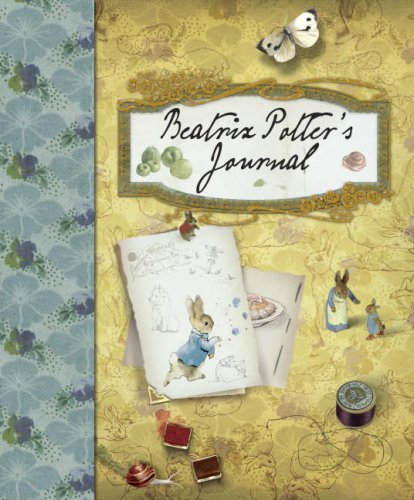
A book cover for Beatrix Potter: a Journal (Peter Rabbit); Penguin Young Readers; Children's Books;